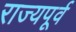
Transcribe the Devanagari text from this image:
राज्यपूर्व